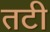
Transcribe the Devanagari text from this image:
तटी